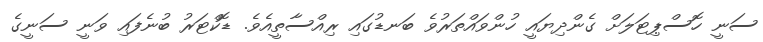
ސަނީ ހޮސްޕިޓަލަށް ގެންދިޔައީ ހުންވައްތަރުވެ ބަނޑުގައި ރިއްސާތީއެވެ. ޑޮކްޓަރު ބުނެފައި ވަނީ ސަނީގެ